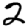
Digit: 2